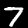
Label: 7